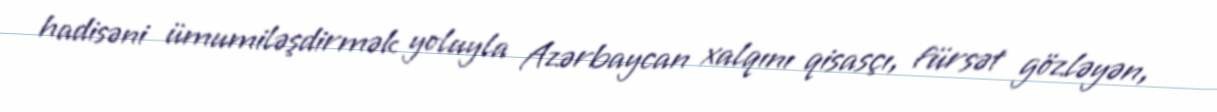
hadisəni ümumiləşdirmək yoluyla Azərbaycan xalqını qisasçı, fürsət gözləyən,